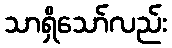
သာရှိသော်လည်း